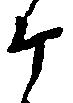
ヶ